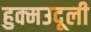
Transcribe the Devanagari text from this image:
हुक्मउदूली